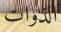
الذوات